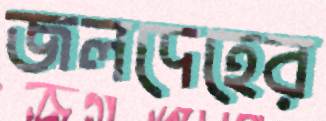
জলদেহের